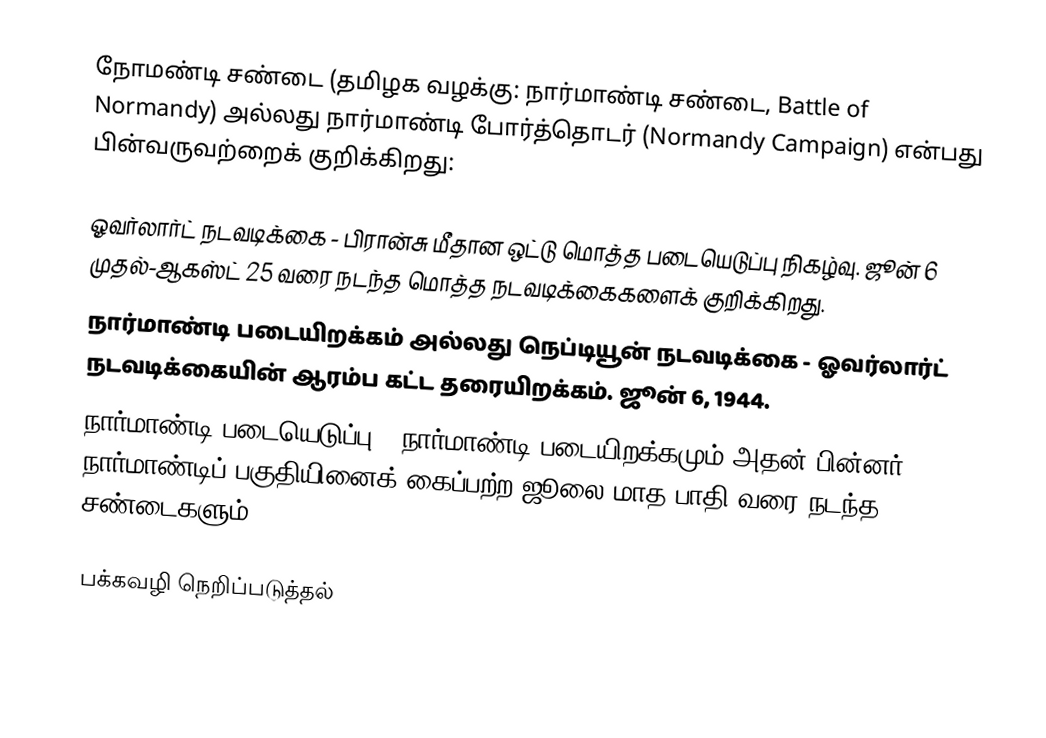
நோமண்டி சண்டை (தமிழக வழக்கு: நார்மாண்டி சண்டை, Battle of Normandy) அல்லது நார்மாண்டி போர்த்தொடர் (Normandy Campaign) என்பது பின்வருவற்றைக் குறிக்கிறது:

ஓவர்லார்ட் நடவடிக்கை - பிரான்சு மீதான ஒட்டு மொத்த படையெடுப்பு நிகழ்வு. ஜூன் 6 முதல்-ஆகஸ்ட் 25 வரை நடந்த மொத்த நடவடிக்கைகளைக் குறிக்கிறது.
நார்மாண்டி படையிறக்கம் அல்லது நெப்டியூன் நடவடிக்கை - ஓவர்லார்ட் நடவடிக்கையின் ஆரம்ப கட்ட தரையிறக்கம். ஜூன் 6, 1944.
நார்மாண்டி படையெடுப்பு - நார்மாண்டி படையிறக்கமும் அதன் பின்னர் நார்மாண்டிப் பகுதியினைக் கைப்பற்ற ஜூலை மாத பாதி வரை நடந்த சண்டைகளும்.

பக்கவழி நெறிப்படுத்தல்